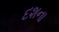
દશના